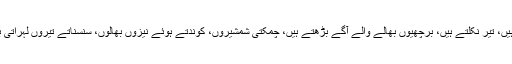
تلواریں بلند ہوتی ہیں، نیزے اٹھتے ہیں، کمانیں کڑکتی ہیں، تیر نکلتے ہیں، برچھیوں بھالے والے آگے بڑھتے ہیں، چمکتی شمشیروں، کوندتے ہوئے نیزوں بھالوں، سنسناتے تیروں لہراتی بھرچھیوں کو دیکھ تو یہی لگا کہ کوئی بڑا معرکہ ہوگا۔